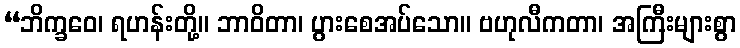
“ဘိက္ခဝေ၊ ရဟန်းတို့။ ဘာဝိတာ၊ ပွားစေအပ်သော။ ဗဟုလီကတာ၊ အကြီးများစွာ